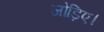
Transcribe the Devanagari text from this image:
जोड़िए।